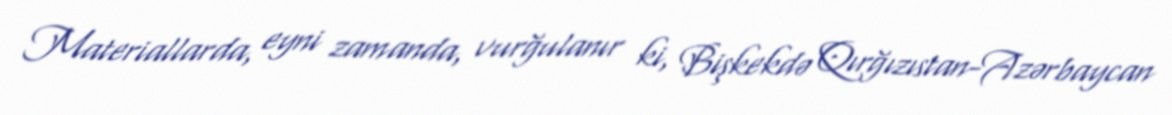
Materiallarda, eyni zamanda, vurğulanır ki, Bişkekdə Qırğızıstan-Azərbaycan